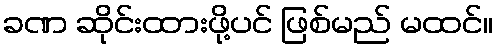
ခဏ ဆိုင်းထားဖို့ပင် ဖြစ်မည် မထင်။